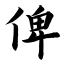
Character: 俾